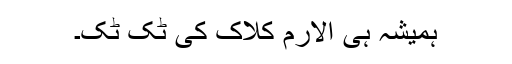
ہمیشہ ہی الارم کلاک کی ٹک ٹک۔